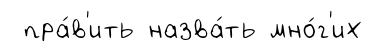
пра́в'ить назва́ть мно́г'их